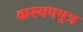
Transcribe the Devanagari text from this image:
कश्यपपुत्र